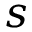
s